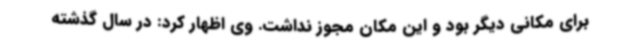
برای مکانی دیگر بود و این مکان مجوز نداشت. وی اظهار کرد: در سال گذشته